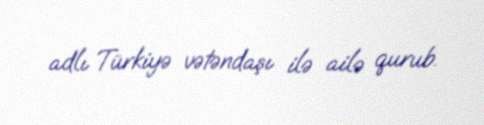
adlı Türkiyə vətəndaşı ilə ailə qurub.